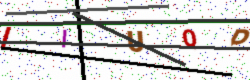
Text: IIUQP